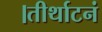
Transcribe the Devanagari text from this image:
।तीर्थाटनं